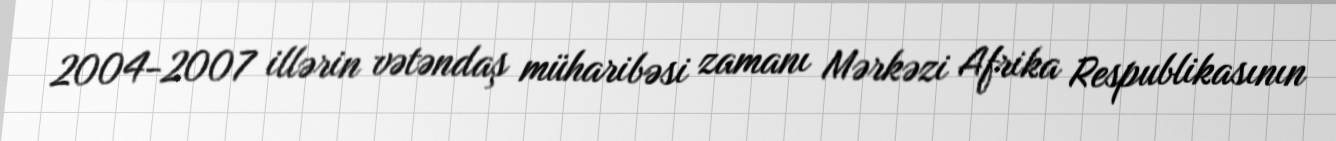
2004-2007 illərin vətəndaş müharibəsi zamanı Mərkəzi Afrika Respublikasının